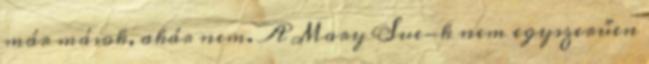
már mások, akár nem. A Mary Sue-k nem egyszerűen